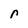
Character: r